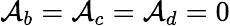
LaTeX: \mathcal{A}_{b}=\mathcal{A}_{c}=\mathcal{A}_{d}=0